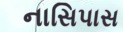
નાસિપાસ